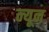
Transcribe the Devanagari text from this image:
न्‍यून